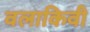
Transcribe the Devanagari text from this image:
वलाकिवी